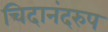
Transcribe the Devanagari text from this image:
चिदानंदरुप